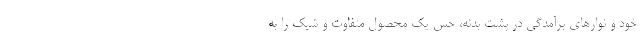
خود و نوارهای برآمدگی در پشت بدنه، حس یک محصول متفاوت و شیک را به